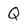
Character: Q